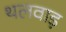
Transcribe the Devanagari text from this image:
थलवाड़